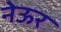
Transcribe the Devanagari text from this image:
नेऊर